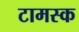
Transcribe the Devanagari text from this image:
टामस्क